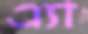
এ্যা